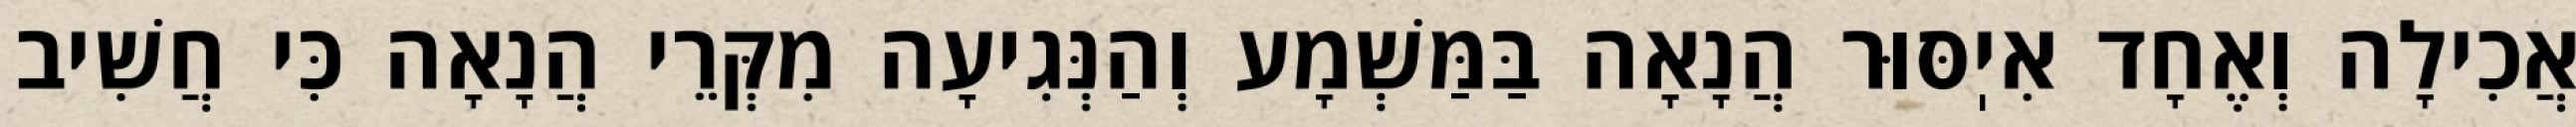
אֲכִילָה וְאֶחָד אִיֽסּוּר הֲנָאָה בַּמַּשְׁמָע וְהַנְּגִיעָה מִקְּרֵי הֲנָאָה כִּי חֲשִׁיב